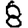
Digit: 8